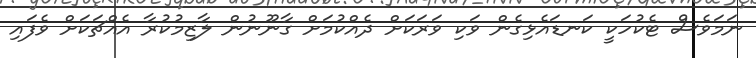
ނަމަވެސް ޓެކުހަކީ ކަނޑައެޅިގެން ވަކި ވަރަކަށް ދެއްކުމަށް ގާނޫނުން ލާޒިމުކުރާ އެއްޗަކަށް ވެފައި